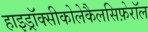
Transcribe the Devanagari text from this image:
हाइड्रॉक्सीकोलेकैलसिफ़ेरॉल